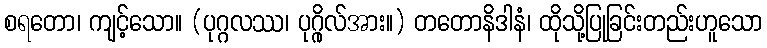
စရတော၊ ကျင့်သော။ (ပုဂ္ဂလဿ၊ ပုဂ္ဂိုလ်အား။) တတောနိဒါနံ၊ ထိုသို့ပြုခြင်းတည်းဟူသော